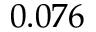
0 . 0 7 6